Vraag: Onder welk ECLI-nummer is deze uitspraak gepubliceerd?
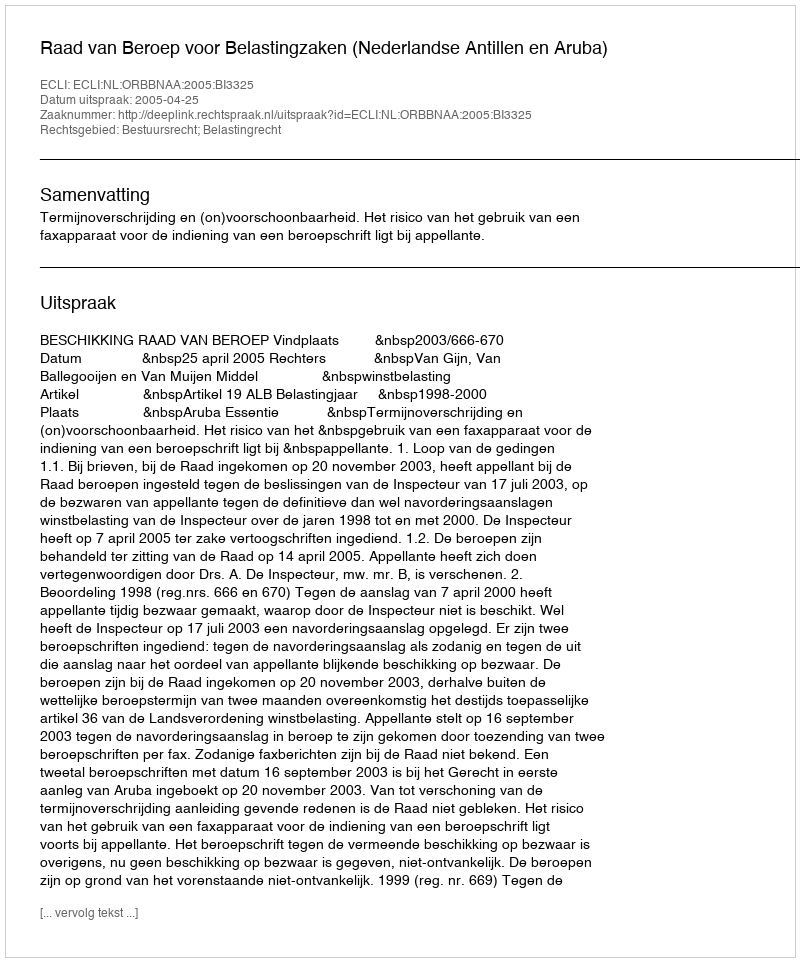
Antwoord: ECLI:NL:ORBBNAA:2005:BI3325